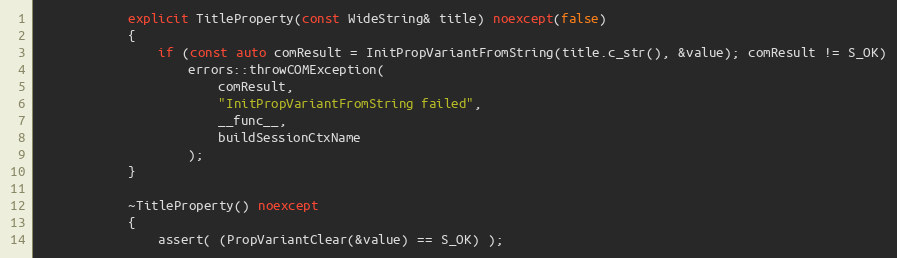
Language: C++
            explicit TitleProperty(const WideString& title) noexcept(false)
            {
                if (const auto comResult = InitPropVariantFromString(title.c_str(), &value); comResult != S_OK)
                    errors::throwCOMException(
                        comResult,
                        "InitPropVariantFromString failed",
                        __func__,
                        buildSessionCtxName
                    );
            }

            ~TitleProperty() noexcept
            {
                assert( (PropVariantClear(&value) == S_OK) );